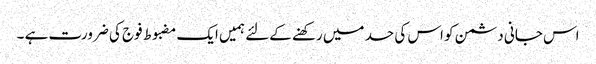
اس جانی دشمن کو اس کی حد میں رکھنے کےلئے ہمیں ایک مضبوط فوج کی ضرورت ہے ۔